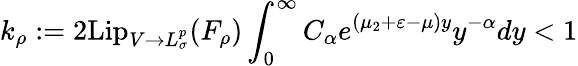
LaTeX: k_{\rho}:=2\mathrm{Lip}_{V\to L_{\sigma}^{p}}(F_{\rho})\int_{0}^{\infty}C_{\alpha}e^{(\mu_{2}+\varepsilon-\mu)y}y^{-\alpha}dy<1